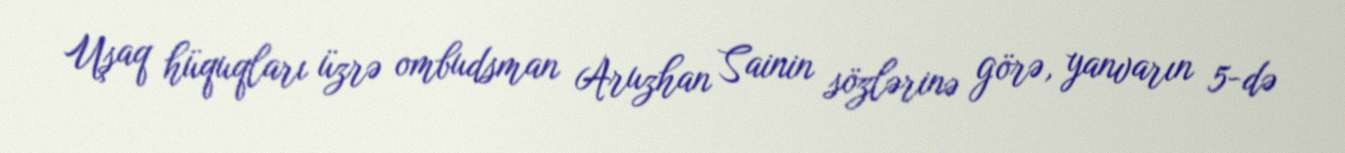
Uşaq hüquqları üzrə ombudsman Aruzhan Sainin sözlərinə görə, yanvarın 5-də